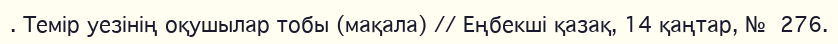
. Темір уезінің оқушылар тобы (мақала) // Еңбекші қазақ, 14 қаңтар, №  276.